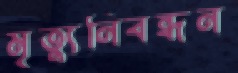
মৃত্যুনিবন্ধন